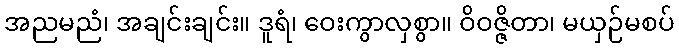
အညမညံ၊ အချင်းချင်း။ ဒူရံ၊ ဝေးကွာလှစွာ။ ဝိဝဇ္ဇိတာ၊ မယှဉ်မစပ်